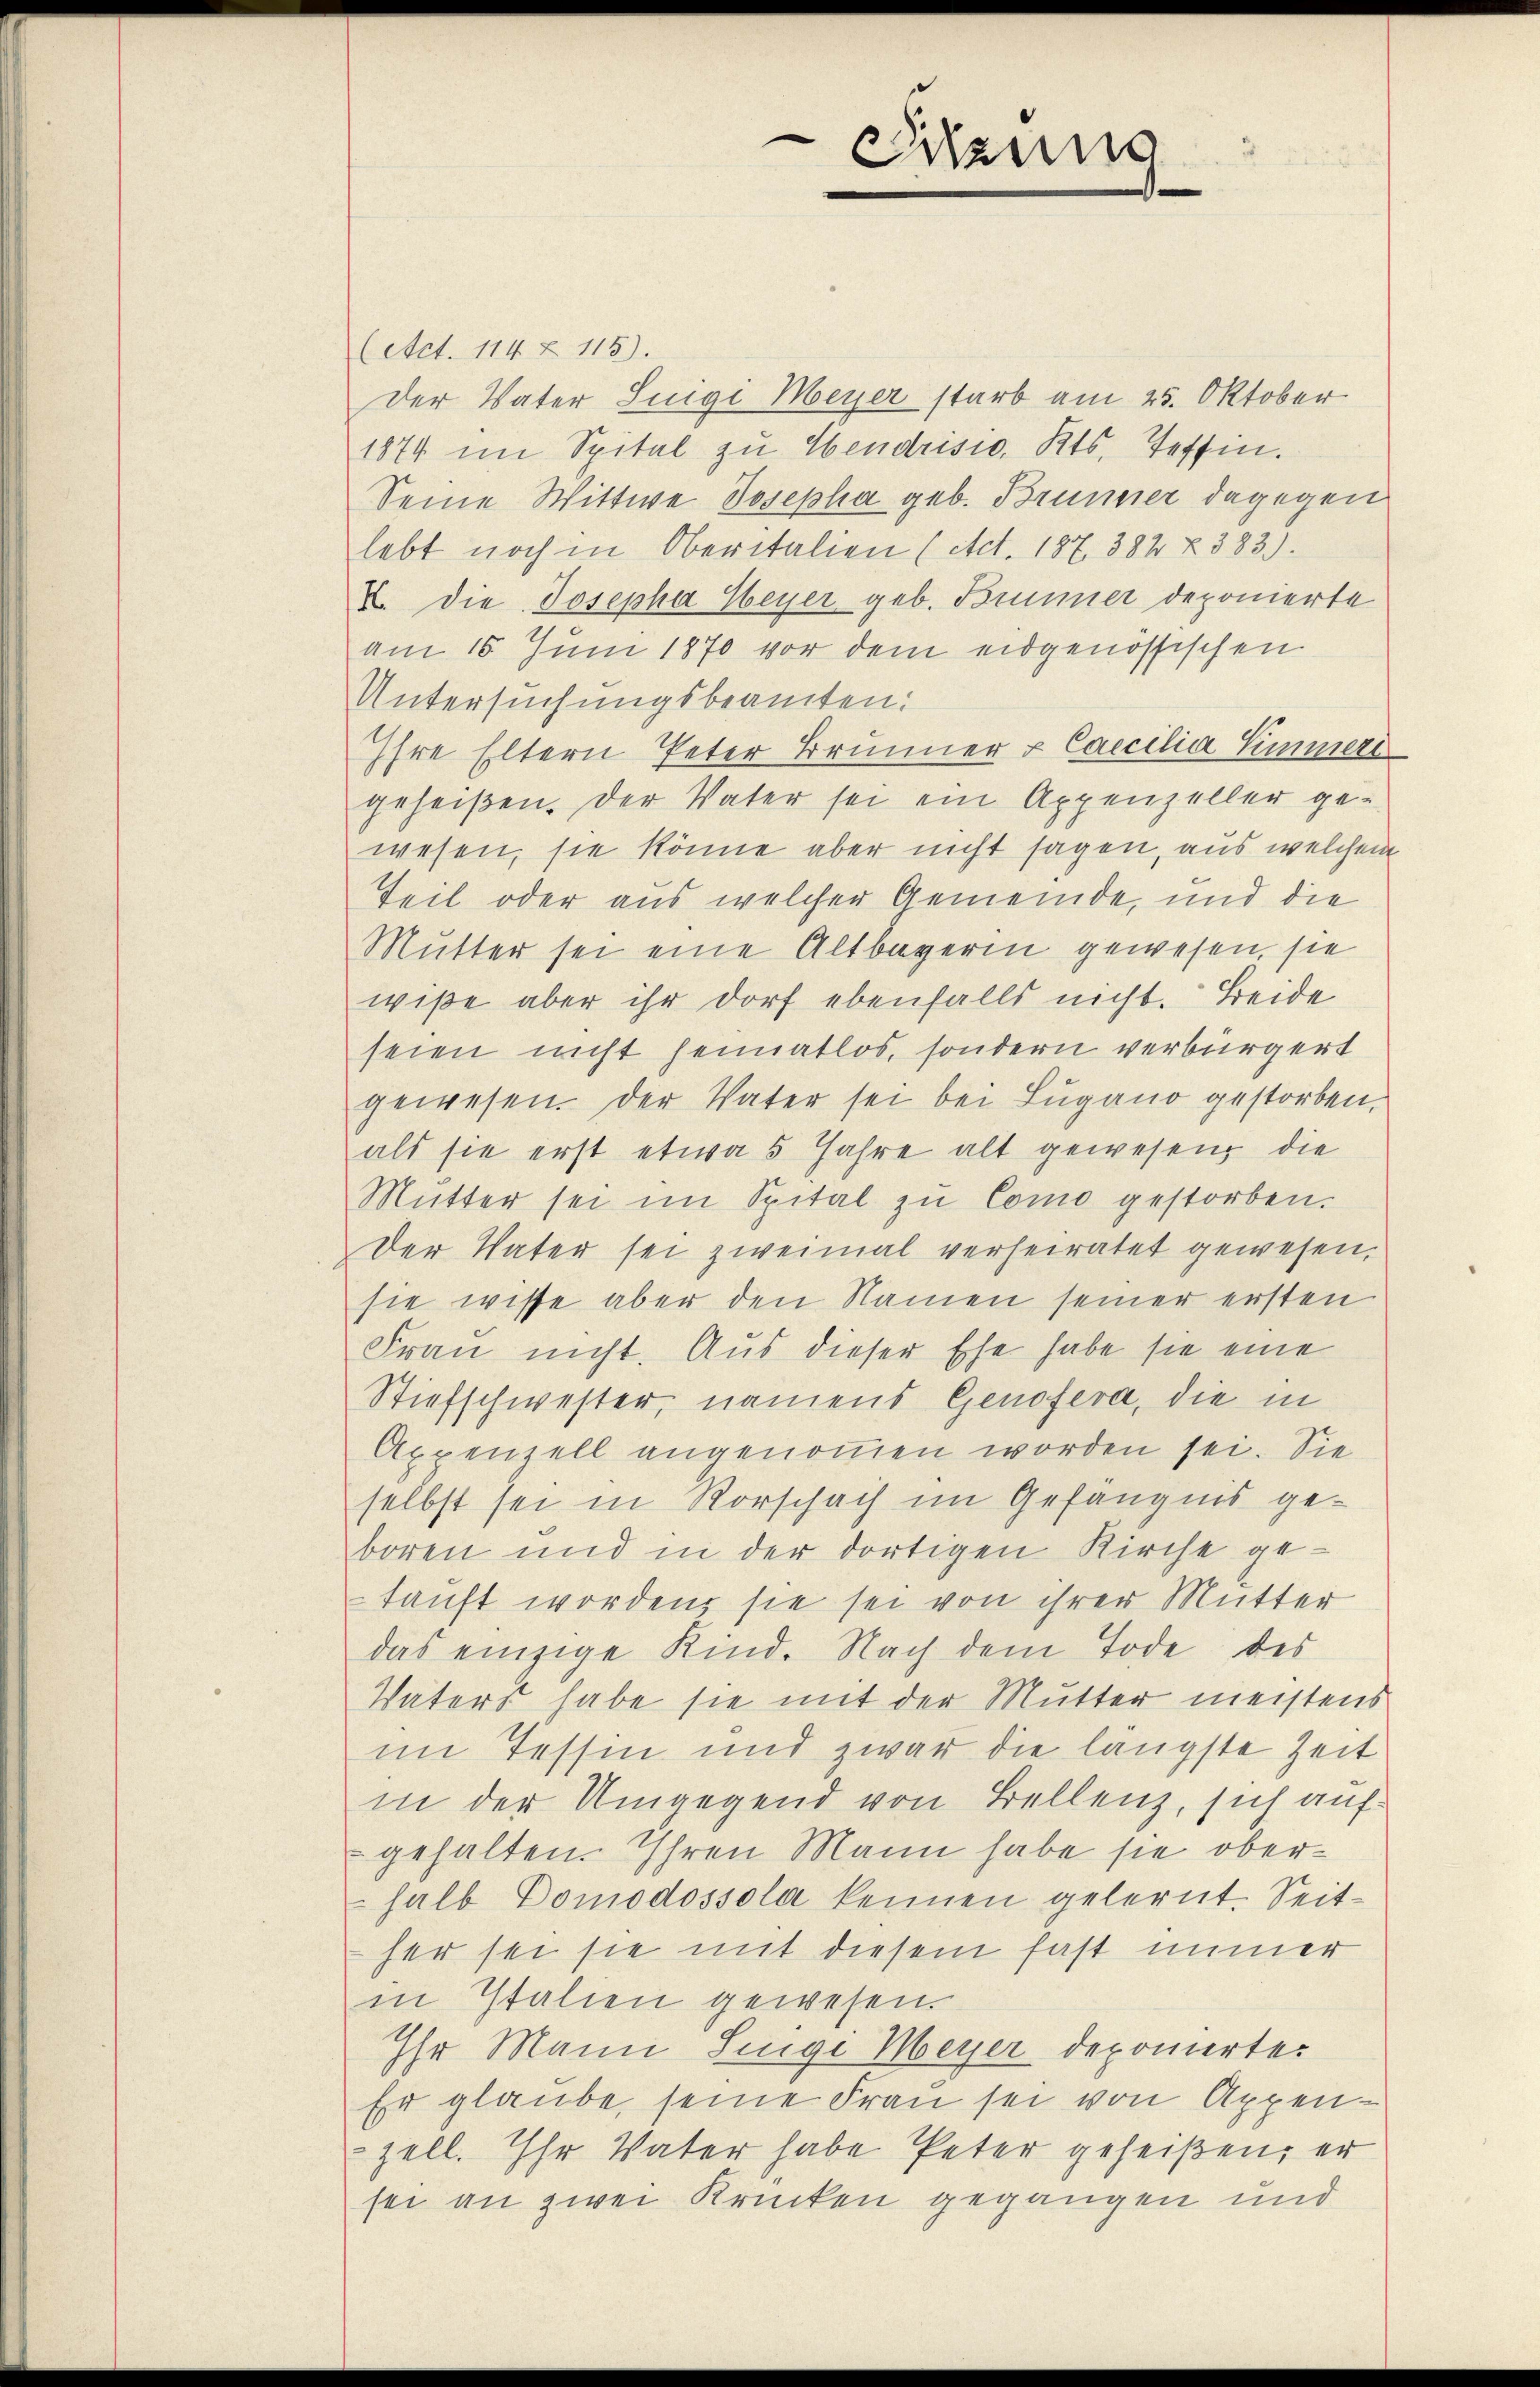
(Act. 114 Z 115).
Der Vater Luigi Meyer starb am 25. Oktober
1874 im Spital zu Hendrisio, Kts. Teffin.
Seine Wittwe Josepha geb. Brunner dagegen
lebt noch in Oberitalien (Act. 187. 384 Z. 383.).
X. Die Josepha Meyer geb. Brunner deponierte
am 16. Juni 1870 vor dem eidgenössischen
Untersuchungsbeamten:
Ihre Eltern Peter Brunner & Caecilia Simmer
geheißen. Der Vater sei ein Appenzeller gewesen, sie könne aber nicht sagen, aus welchem
Teil oder aus welcher Gemeinde, und die
Mutter sei eine Altbayerin gewesen, sie
wiße aber ihr dorf ebenfalls nicht. Beide
seien nicht heimatlos, sondern verbürgert
gewesen. Der Vater sei bei Lugano gestorben,
als sie erst etwa 5 Jahre alt gewesen, die
Mŭtter sei im Spital zu Como gestorben.
Der Vater sei zweimal verheiratet gewesen,
sie wisse aber den Namen seiner ersten
Frau nicht. Aus dieser Ehe habe sie eine
Stiefschwester, namens Genofera, die in
Appenzell angenommen worden sei. Sie
selbst sei in Rorschach im Gefängnis geboren und in der dortigen Kirche getauft worden, sie sei von ihrer Mutter
das einzige Kind. Nach dem Tode des
Vaters habe sie mit der Mutter meistens
im Tessin und zwar die längste Zeit
in der Umgegend von Bellenz, sich aufgehalten. Ihren Mann habe sie oberhalb Domodossola kennen gelernt. Seither sei sie mit diesem fast immer
in Italien gewesen.
Ihr Mann Suigi Meyer deponierte.
Er glaube, seine Frau sei von Appen-
zell. Ihr Vater habe Peter geheißen, er
sei an zwei Krücken gegangen und

Sitzung